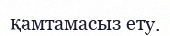
қамтамасыз ету.